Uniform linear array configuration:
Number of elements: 64
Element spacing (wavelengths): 0.25
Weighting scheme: kaiser
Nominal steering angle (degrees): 30
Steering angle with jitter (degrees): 29.546
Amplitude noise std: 0.05
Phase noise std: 0.05

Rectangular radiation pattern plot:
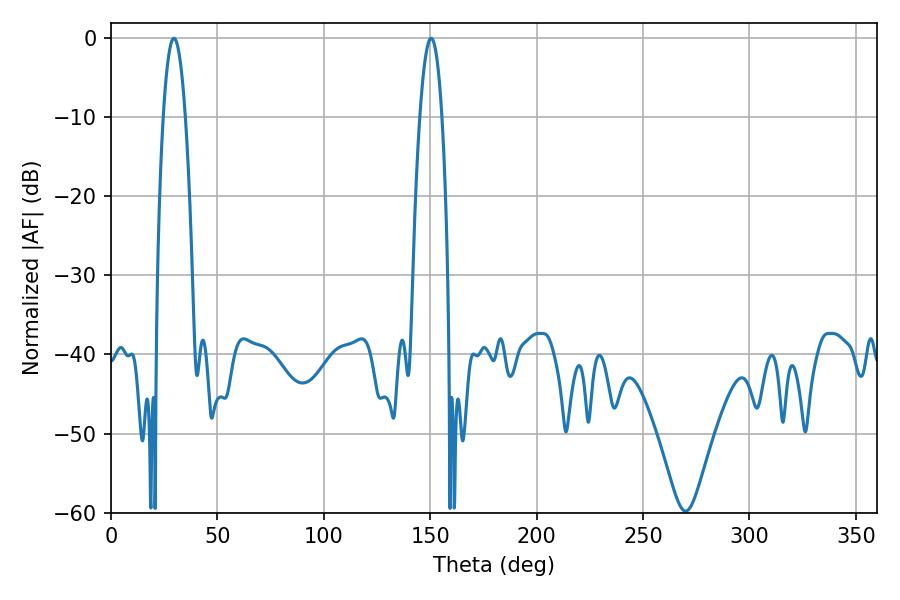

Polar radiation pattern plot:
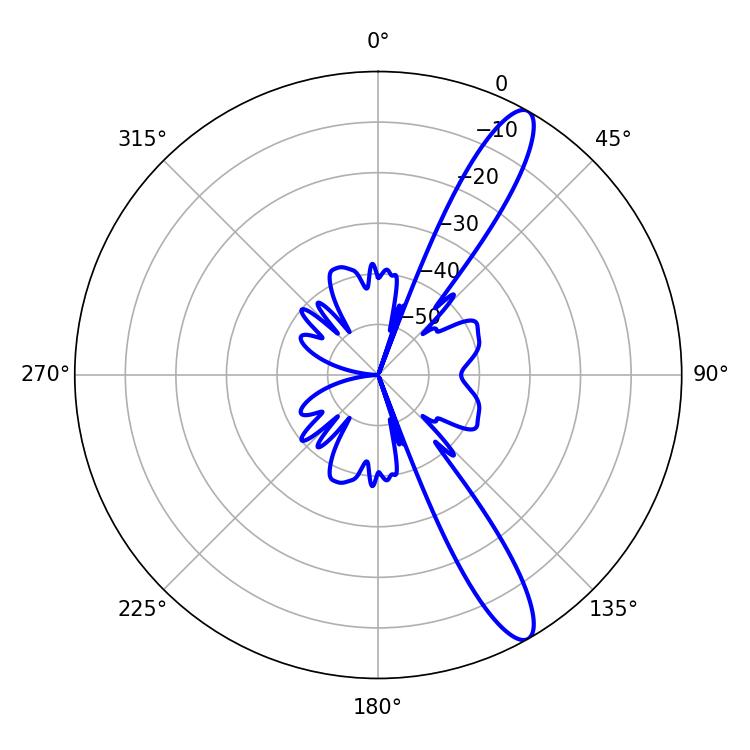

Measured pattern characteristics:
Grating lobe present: FALSE
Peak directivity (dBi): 12.728
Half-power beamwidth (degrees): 5.58
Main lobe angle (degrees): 29.52